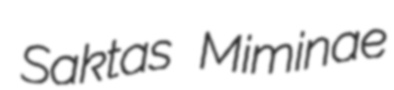
Saktas Miminae